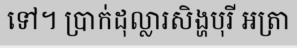
ទៅ។ ប្រាក់ដុល្លារសិង្ហបុរី អត្រា